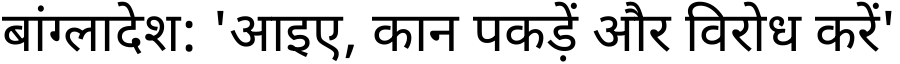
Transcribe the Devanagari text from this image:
बांग्लादेश: 'आइए, कान पकड़ें और विरोध करें'